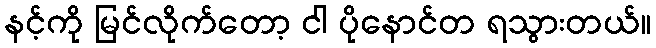
နင့်ကို မြင်လိုက်တော့ ငါ ပိုနောင်တ ရသွားတယ်။